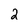
Character: 2